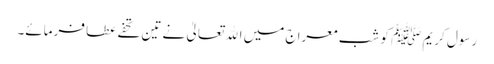
رسول کریم ﷺ کو شب معراج میں اﷲ تعالیٰ نے تین تحفے عطا فرمائے۔